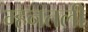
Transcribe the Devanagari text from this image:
म्हनतली